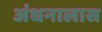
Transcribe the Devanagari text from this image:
अंधनालास